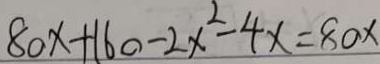
8 0 x + 1 6 0 - 2 x ^ { 2 } - 4 x = 8 0 x